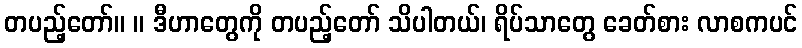
တပည့်တော်။ ။ ဒီဟာတွေကို တပည့်တော် သိပါတယ်၊ ရိပ်သာတွေ ခေတ်စား လာစကပင်